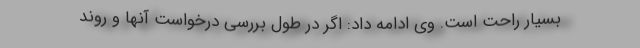
بسیار راحت است. وی ادامه داد: اگر در طول بررسی درخواست آنها و روند